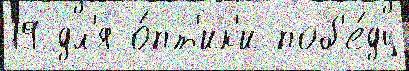
19 дл'я о́пт'ик'и поб'е́ду